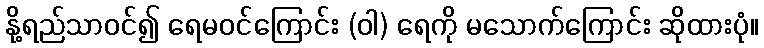
နို့ရည်သာဝင်၍ ရေမဝင်ကြောင်း (ဝါ) ရေကို မသောက်ကြောင်း ဆိုထားပုံ။